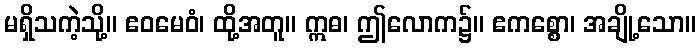
မရှိသကဲ့သို့။ ဧဝမေဝံ၊ ထို့အတူ။ ဣဓ၊ ဤလောက၌။ ဧကစ္စော၊ အချို့သော။